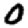
Digit: 0